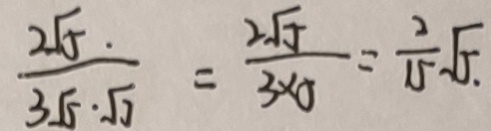
\frac { 2 \sqrt { 5 } } { 5 \sqrt { 5 } \sqrt { 3 } } = \frac { 2 \sqrt { 5 } } { 3 \times 0 } = \frac { 2 } { 1 5 } \sqrt { 5 } \sqrt { 0 }